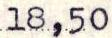
18,50